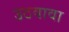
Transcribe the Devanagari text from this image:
उठवावा